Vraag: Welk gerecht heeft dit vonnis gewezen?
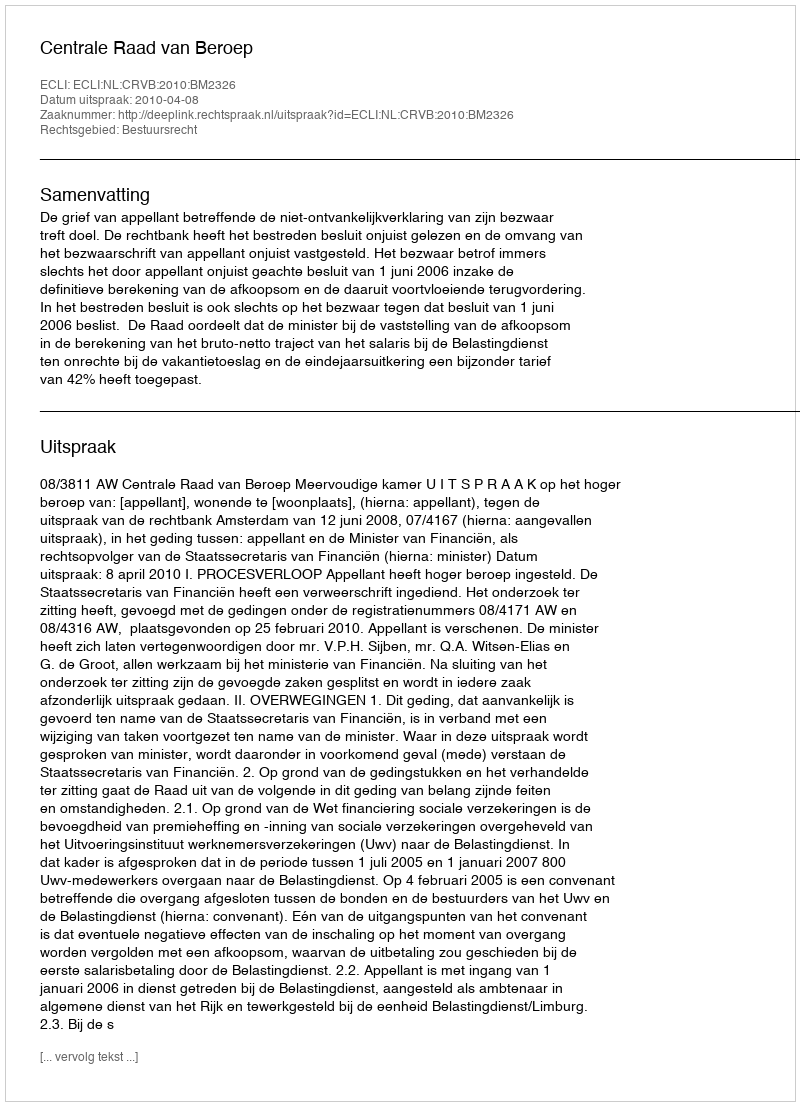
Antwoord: Centrale Raad van Beroep